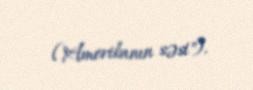
("Amerikanın səsi").